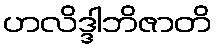
ဟလိဒ္ဒါဘိဇာတိ